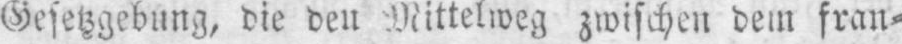
Gesetzgebung, die den Mittelweg zwischen dem fran⸗